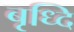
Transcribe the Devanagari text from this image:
बृध्दि